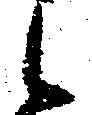
候